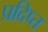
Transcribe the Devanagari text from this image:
प्रदिप्त